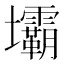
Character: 壩